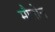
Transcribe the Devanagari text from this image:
मौतोन